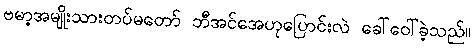
ဗမာ့အမျိုးသားတပ်မတော် ဘီအင်အေဟုပြောင်းလဲ ခေါ်ဝေါ်ခဲ့သည်။